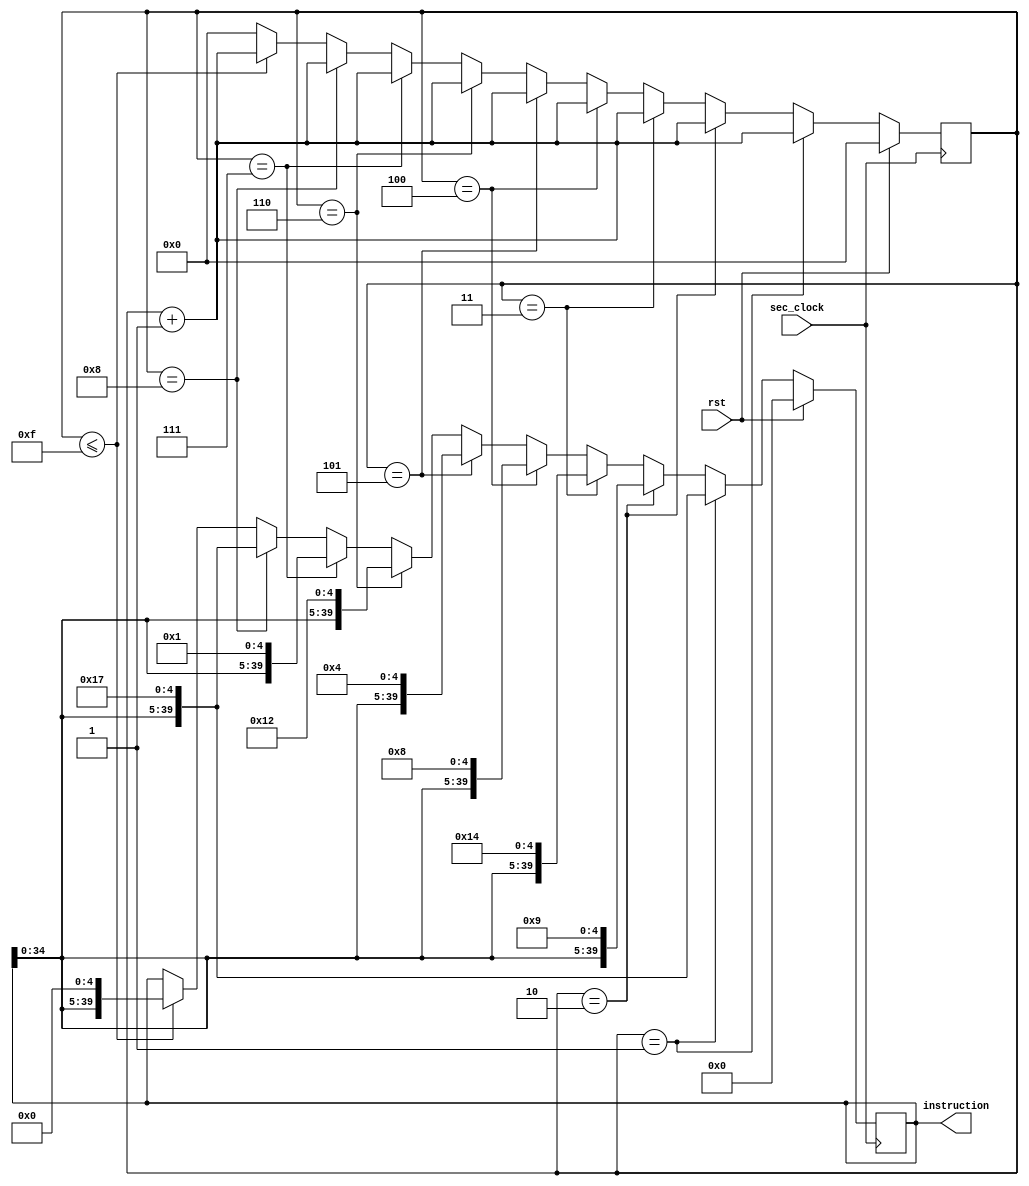
`timescale 1ns / 1ps
//////////////////////////////////////////////////////////////////////////////////
// Company: 
// Engineer: 
// 
// Design Name: 
// Module Name: withdraw
// Project Name: 
// Target Devices: 
// Tool Versions: 
// Description: 
// 
// Dependencies: 
// 
// Revision:
// Revision 0.01 - File Created
// Additional Comments:
// 
//////////////////////////////////////////////////////////////////////////////////


module withdraw(
    input sec_clock,
    input rst,
    output [39:0] instruction
    );

    reg[39:0] temp = 40'b0000000000000000000000000000000000000000;
    reg[7:0] count;
    
     always@(posedge sec_clock)
    begin
        if (rst == 1)
        begin
            count <= 0;
            temp = 40'b0000000000000000000000000000000000000000;
        end
        else
        begin
            count <= count + 1;
            if (count == 1)
            begin
                temp = { temp[34:0], 5'b10111};
            end
            else if (count == 2)
            begin
                temp = { temp[34:0], 5'b01001};
            end
            else if (count == 3)
            begin
                temp = { temp[34:0], 5'b10100};
            end
            else if (count == 4)
            begin
                temp = { temp[34:0], 5'b01000};
            end
            else if (count == 5)
            begin
                temp = { temp[34:0], 5'b00100};
            end
            else if (count == 6)
            begin
                temp = { temp[34:0], 5'b10010};
            end
            else if (count == 7)
            begin
                temp = { temp[34:0], 5'b00001};
            end
            else if (count == 8)
            begin
                temp = { temp[34:0], 5'b10111};
            end
            else
            begin
                if( count<=15)
                    temp <= { temp[34:0],5'b00000};
                else
                    count <= 0;
            end
        end
    end
    
    assign instruction = temp;
    
endmodule